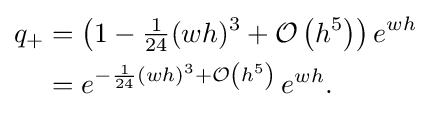
{\begin{aligned}q_{+}&=\left(1-{\tfrac {1}{24}}(wh)^{3}+{\mathcal {O}}\left(h^{5}\right)\right)e^{wh}\\&=e^{-{\frac {1}{24}}(wh)^{3}+{\mathcal {O}}\left(h^{5}\right)}\,e^{wh}.\end{aligned}}